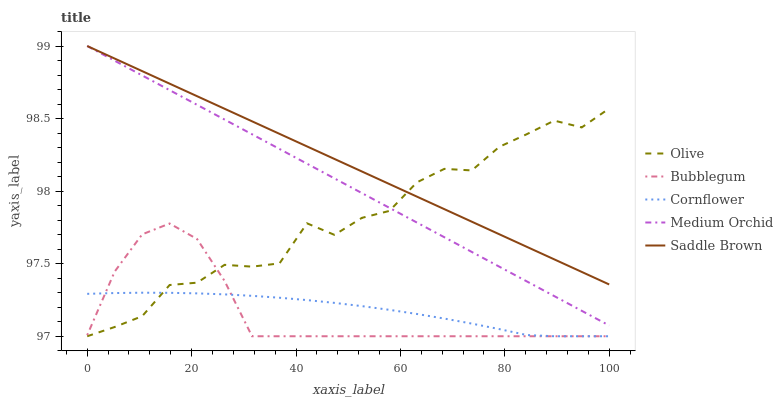
| xaxis_label | Olive | Bubblegum | Cornflower | Medium Orchid | Saddle Brown |
 | --- | --- | --- | --- | --- | --- |
 | 0 | 97 | 97 | 97.3 | 99 | 99 |
 | 5.26 | 97.1 | 97.4 | 97.3 | 98.9 | 98.9 |
 | 10.5 | 97.1 | 97.7 | 97.3 | 98.8 | 98.8 |
 | 15.8 | 97.4 | 97.8 | 97.3 | 98.7 | 98.7 |
 | 21.1 | 97.4 | 97.7 | 97.3 | 98.6 | 98.7 |
 | 26.3 | 97.5 | 97.4 | 97.3 | 98.5 | 98.6 |
 | 31.6 | 97.5 | 97 | 97.3 | 98.4 | 98.5 |
 | 36.8 | 97.5 | 97 | 97.3 | 98.3 | 98.4 |
 | 42.1 | 97.8 | 97 | 97.2 | 98.2 | 98.3 |
 | 47.4 | 97.7 | 97 | 97.2 | 98.1 | 98.2 |
 | 52.6 | 97.8 | 97 | 97.2 | 98 | 98.1 |
 | 57.9 | 97.9 | 97 | 97.2 | 97.9 | 98 |
 | 63.2 | 98.1 | 97 | 97.2 | 97.8 | 98 |
 | 68.4 | 98.2 | 97 | 97.1 | 97.7 | 97.9 |
 | 73.7 | 98.1 | 97 | 97.1 | 97.6 | 97.8 |
 | 78.9 | 98.3 | 97 | 97 | 97.5 | 97.7 |
 | 84.2 | 98.4 | 97 | 97 | 97.4 | 97.6 |
 | 89.5 | 98.5 | 97 | 97 | 97.3 | 97.5 |
 | 94.7 | 98.4 | 97 | 97 | 97.2 | 97.4 |
 | 100 | 98.6 | 97 | 97 | 97.1 | 97.4 |